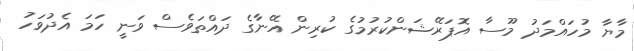
މާޔާ މުހައްމަދު މޫސާ އޮޕަރޭޝަންކުރުމުގެ ކުރިން އޭނާގެ ދައްތަވެސް ވަނީ ހަމަ އެދުވަހު